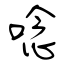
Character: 唸